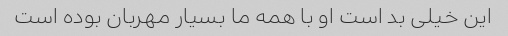
این خیلی بد است او با همه ما بسیار مهربان بوده است